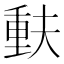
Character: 𫯳